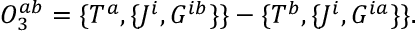
{ \cal O } _ { 3 } ^ { a b } = \{ T ^ { a } , \{ J ^ { i } , G ^ { i b } \} \} - \{ T ^ { b } , \{ J ^ { i } , G ^ { i a } \} \} .